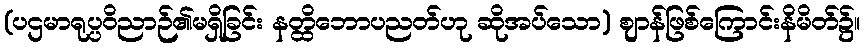
(ပဌမာရုပ္ပဝိညာဉ်၏မရှိခြင်း နတ္ထိဘောပညတ်ဟု ဆိုအပ်သော) ဈာန်ဖြစ်ကြောင်းနိမိတ်၌။